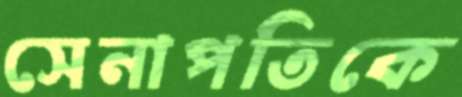
সেনাপতিকে